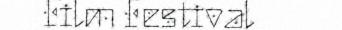
Film Festival